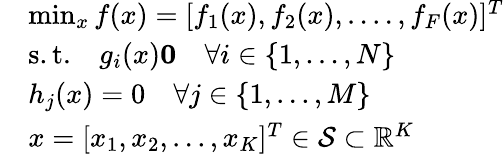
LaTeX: \begin{array}{rl}&{\operatorname*{min}_{x}f(x)=[f_{1}(x),f_{2}(x),....,f_{F}(x)]^{T}}\\ &{\mathrm{s.t.}\quad g_{i}(x)\le 0\quad\forall i\in\{ 1,...,N\} }\\ &{h_{j}(x)=0\quad\forall j\in\{ 1,...,M\} }\\ &{x=[x_{1},x_{2},...,x_{K}]^{T}\in\mathcal{S}\subset\mathbb{R}^{K}}\end{array}